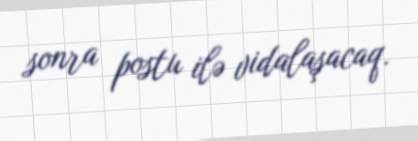
sonra postu ilə vidalaşacaq.